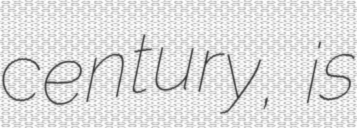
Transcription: century, is